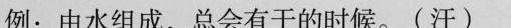
例：由水组成，总会有干的时候。(汗)